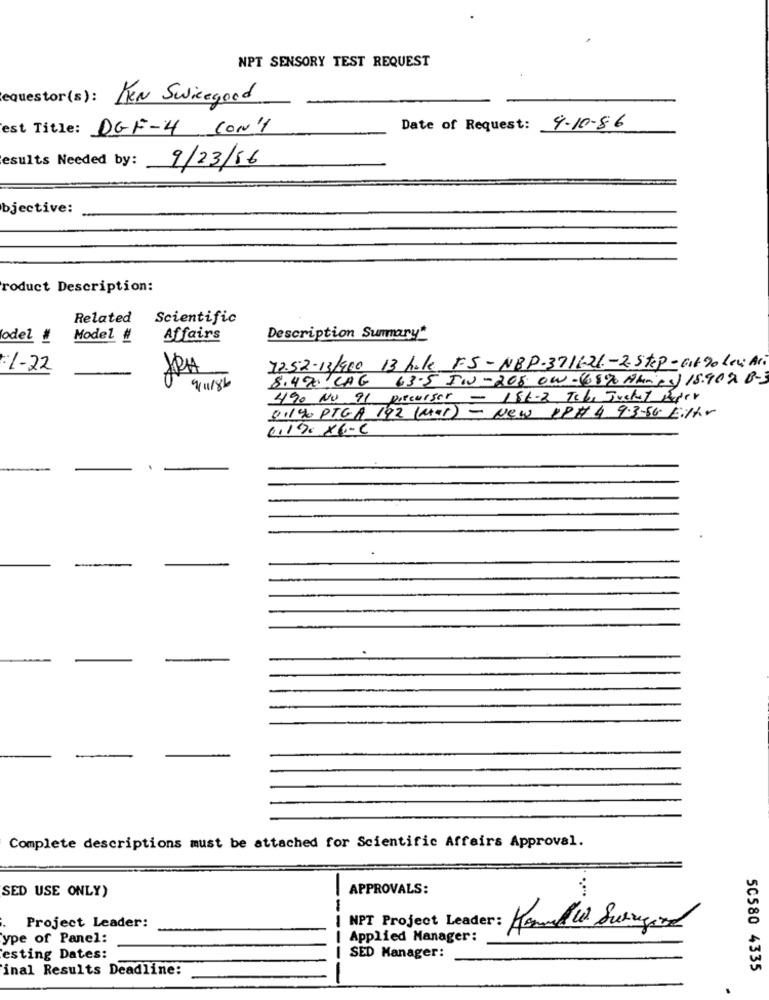
NPT SENSORY TEST REQUEST
equestor(s): FRN Swicegood
est Title: DGF-4 CON'1
Date of Request:
9-10-86
esults Needed by:
9/23/16
bjective:
roduct Description:
Related
Scientific
odel #
Model #
Affairs
Description Summary*
:1-22
72.52-13/900 13 hele FS-NBP-3711-26-2- Step-Git 90 Low Ari
8.47 CAG 63.5 IN-205 0w.(68% Amnes) 18.902 8-3
490 NO 91 precursor - 186.2 Tobe Tucket Paper
01140 PTGA 192 ( Mal) - New PP# 4 9.3-56 Eithr
011%x6-C
Complete descriptions must be attached for Scientific Affairs Approval.
SED USE ONLY)
APPROVALS:
.....
NPT Project Leader:
Project Leader:
----
Manuel w Surigord
ype of Panel:
Applied Manager:
esting Dates:
SED Manager:
inal Results Deadline:
50580 4335
.